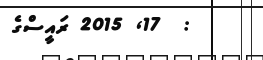
:  17